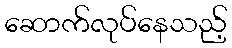
ဆောက်လုပ်နေသည့်